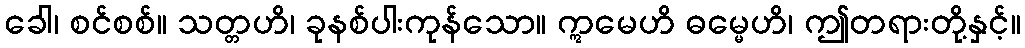
ခေါ၊ စင်စစ်။ သတ္တဟိ၊ ခုနစ်ပါးကုန်သော။ ဣမေဟိ ဓမ္မေဟိ၊ ဤတရားတို့နှင့်။